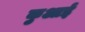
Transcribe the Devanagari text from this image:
कुआई